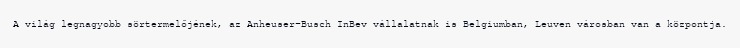
A világ legnagyobb sörtermelőjének, az Anheuser-Busch InBev vállalatnak is Belgiumban, Leuven városban van a központja.